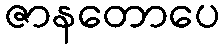
ဇာနတောပေ